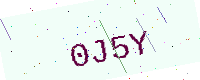
Text: 0J5Y